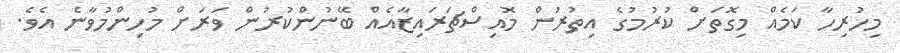
މިހުރިހާ ކަމެއް މިގޮތަށް ކުރުމުގެ އިތުރުން މޮއިސްޗަރައިޒާއެއް ބޭނުންކުރުން ވަރަށް މުހިންމުވާނެ އެވެ.